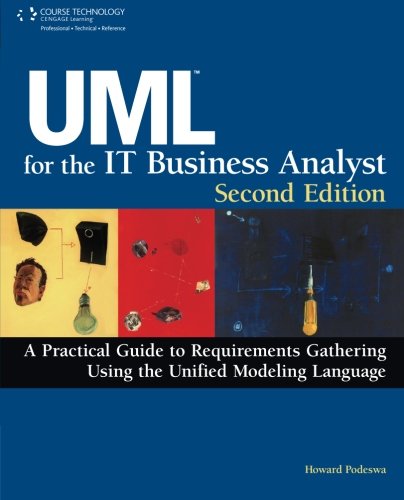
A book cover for UML For The IT Business Analyst; Howard Podeswa; Computers & Technology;